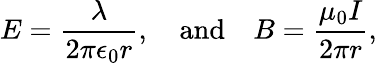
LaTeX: E=\frac{\lambda}{2\pi\epsilon_{0}r},\quad\textrm{and}\quad B=\frac{\mu_{0}I}{2\pi r},